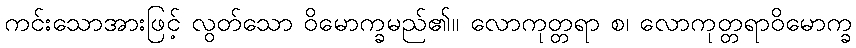
ကင်းသောအားဖြင့် လွတ်သော ဝိမောက္ခမည်၏။ လောကုတ္တရာ စ၊ လောကုတ္တရာဝိမောက္ခ